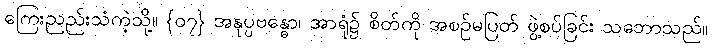
ကြေးညည်းသံကဲ့သို့။ {၀၇} အနုပ္ပဗန္ဓော၊ အာရုံ၌ စိတ်ကို အစဉ်မပြတ် ဖွဲ့စပ်ခြင်း သဘောသည်။